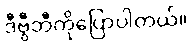
ဒီဗွီဘီကိုပြောပါတယ်။